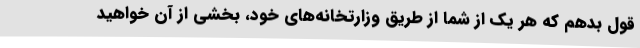
قول بدهم که هر یک از شما از طریق وزارتخانه‌های خود، بخشی از آن خواهید